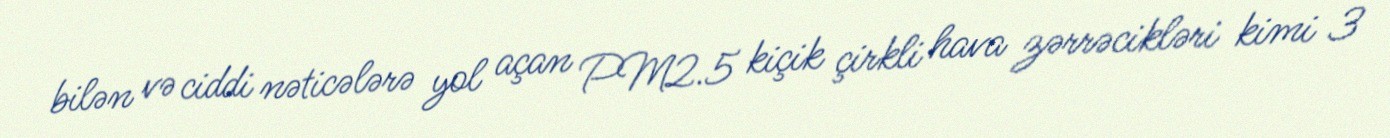
bilən və ciddi nəticələrə yol açan PM2.5 kiçik çirkli hava zərrəcikləri kimi 3